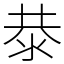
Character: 㳟